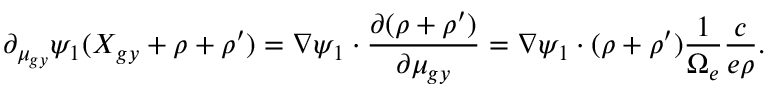
\partial _ { \mu _ { g y } } \psi _ { 1 } ( \boldsymbol { X } _ { g y } + \boldsymbol { \rho } + \boldsymbol { \rho } ^ { \prime } ) = \nabla \psi _ { 1 } \boldsymbol { \cdot } \frac { \partial ( \boldsymbol { \rho } + \boldsymbol { \rho } ^ { \prime } ) } { \partial \mu _ { g y } } = \nabla \psi _ { 1 } \boldsymbol { \cdot } ( \boldsymbol { \rho } + \boldsymbol { \rho } ^ { \prime } ) \frac { 1 } { \Omega _ { e } } \frac { c } { e \rho } .